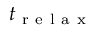
t _ { \mathrm { ~ r ~ e ~ l ~ a ~ x ~ } }